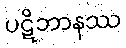
ပဋိဘာနဿ